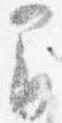
間